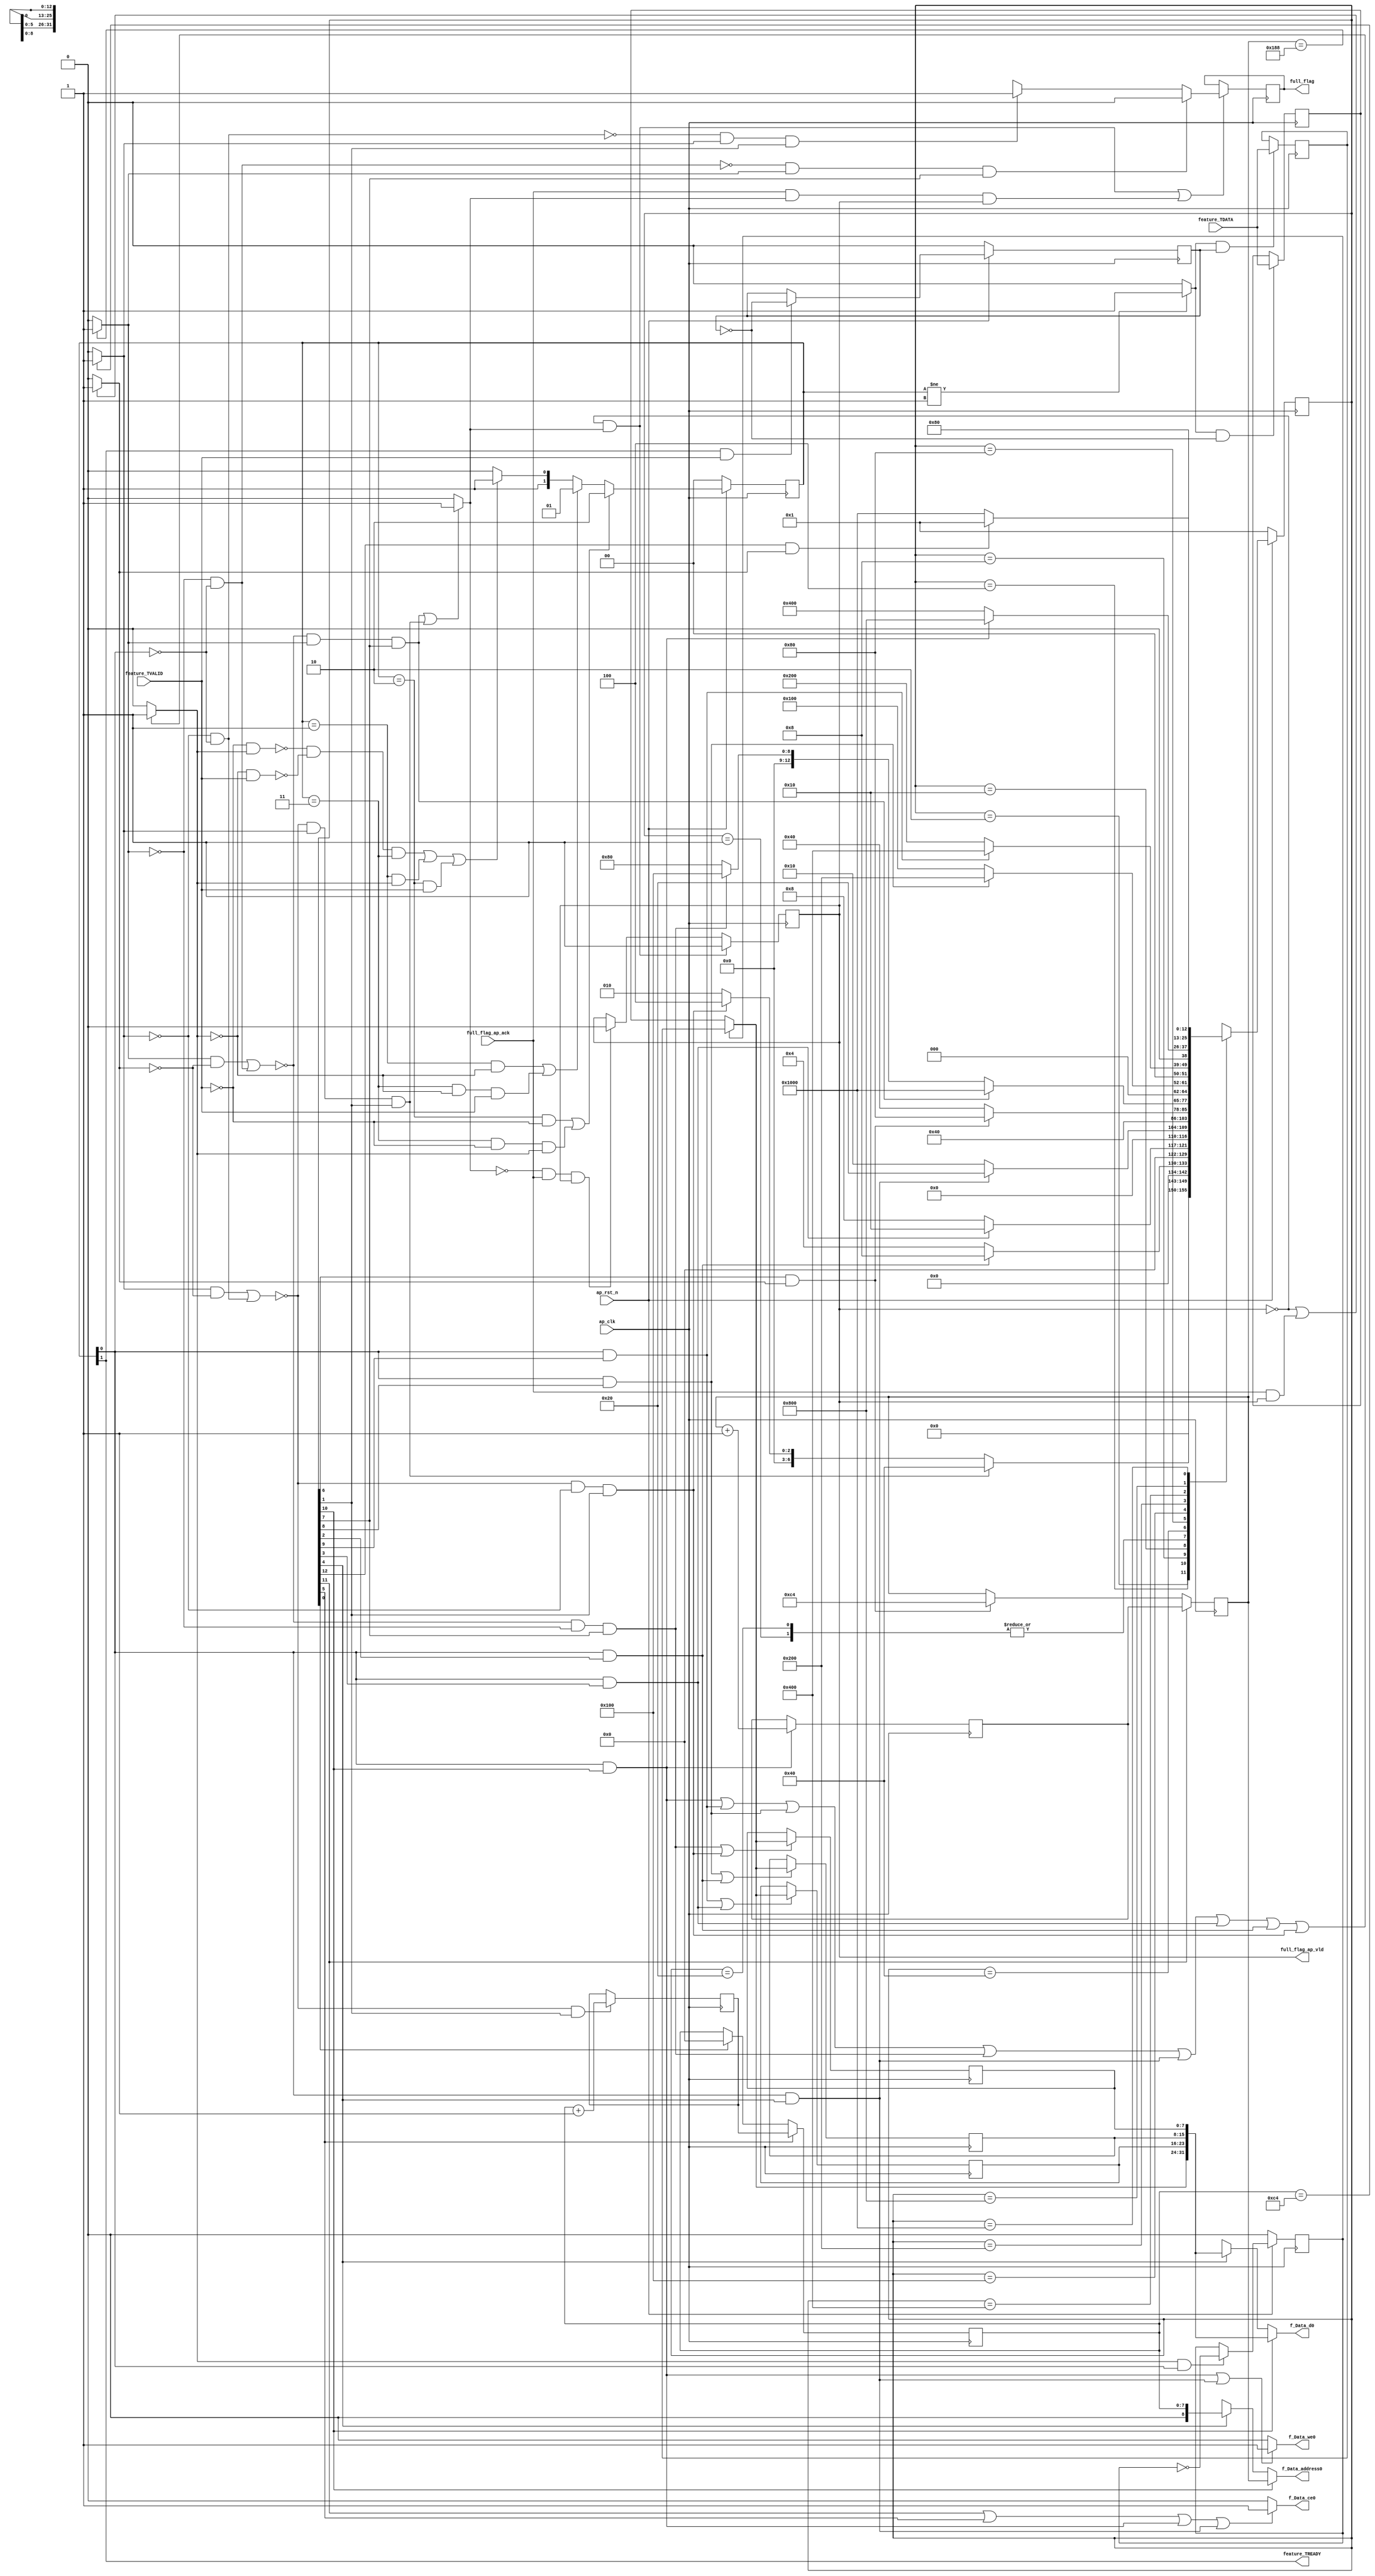
// ==============================================================
// RTL generated by Vivado(TM) HLS - High-Level Synthesis from C, C++ and SystemC
// Version: 2018.3
// Copyright (C) 1986-2018 Xilinx, Inc. All Rights Reserved.
// 
// ===========================================================

`timescale 1 ns / 1 ps 

(* CORE_GENERATION_INFO="Layer1_WriteBRAM,hls_ip_2018_3,{HLS_INPUT_TYPE=cxx,HLS_INPUT_FLOAT=0,HLS_INPUT_FIXED=0,HLS_INPUT_PART=xazu3eg-sfvc784-1-i,HLS_INPUT_CLOCK=10.000000,HLS_INPUT_ARCH=others,HLS_SYN_CLOCK=1.352000,HLS_SYN_LAT=1964,HLS_SYN_TPT=none,HLS_SYN_MEM=0,HLS_SYN_DSP=0,HLS_SYN_FF=93,HLS_SYN_LUT=281,HLS_VERSION=2018_3}" *)

module Layer1_WriteBRAM (
        ap_clk,
        ap_rst_n,
        feature_TDATA,
        feature_TVALID,
        feature_TREADY,
        f_Data_address0,
        f_Data_ce0,
        f_Data_we0,
        f_Data_d0,
        full_flag,
        full_flag_ap_vld,
        full_flag_ap_ack
);

parameter    ap_ST_fsm_state1 = 13'd1;
parameter    ap_ST_fsm_state2 = 13'd2;
parameter    ap_ST_fsm_state3 = 13'd4;
parameter    ap_ST_fsm_state4 = 13'd8;
parameter    ap_ST_fsm_state5 = 13'd16;
parameter    ap_ST_fsm_state6 = 13'd32;
parameter    ap_ST_fsm_state7 = 13'd64;
parameter    ap_ST_fsm_state8 = 13'd128;
parameter    ap_ST_fsm_state9 = 13'd256;
parameter    ap_ST_fsm_state10 = 13'd512;
parameter    ap_ST_fsm_state11 = 13'd1024;
parameter    ap_ST_fsm_state12 = 13'd2048;
parameter    ap_ST_fsm_state13 = 13'd4096;

input   ap_clk;
input   ap_rst_n;
input  [7:0] feature_TDATA;
input   feature_TVALID;
output   feature_TREADY;
output  [8:0] f_Data_address0;
output   f_Data_ce0;
output   f_Data_we0;
output  [31:0] f_Data_d0;
output   full_flag;
output   full_flag_ap_vld;
input   full_flag_ap_ack;

reg[8:0] f_Data_address0;
reg f_Data_ce0;
reg f_Data_we0;
reg[31:0] f_Data_d0;

 reg    ap_rst_n_inv;
reg   [7:0] feature_0_data_out;
wire    feature_0_vld_in;
wire    feature_0_vld_out;
wire    feature_0_ack_in;
reg    feature_0_ack_out;
reg   [7:0] feature_0_payload_A;
reg   [7:0] feature_0_payload_B;
reg    feature_0_sel_rd;
reg    feature_0_sel_wr;
wire    feature_0_sel;
wire    feature_0_load_A;
wire    feature_0_load_B;
reg   [1:0] feature_0_state;
wire    feature_0_state_cmp_full;
reg    full_flag_1_data_reg;
reg    full_flag_1_data_in;
reg    full_flag_1_vld_reg;
reg    full_flag_1_vld_in;
reg    full_flag_1_ack_in;
wire    full_flag_1_ack_out;
reg    feature_TDATA_blk_n;
(* fsm_encoding = "none" *) reg   [12:0] ap_CS_fsm;
wire    ap_CS_fsm_state2;
wire   [0:0] exitcond6_fu_134_p2;
wire    ap_CS_fsm_state3;
wire    ap_CS_fsm_state4;
wire    ap_CS_fsm_state5;
wire    ap_CS_fsm_state8;
wire   [0:0] exitcond1_fu_164_p2;
wire    ap_CS_fsm_state9;
wire    ap_CS_fsm_state10;
wire    ap_CS_fsm_state11;
reg    full_flag_blk_n;
wire    ap_CS_fsm_state7;
wire    ap_CS_fsm_state13;
reg   [7:0] reg_122;
reg    ap_block_state2;
reg    ap_block_state2_io;
reg    ap_block_state8;
reg    ap_block_state8_io;
reg   [7:0] reg_126;
reg   [7:0] reg_130;
wire   [7:0] i_1_fu_140_p2;
reg   [7:0] i_1_reg_197;
wire   [31:0] tmp_2_fu_151_p5;
wire   [31:0] tmp_3_fu_175_p5;
wire   [8:0] i_2_fu_188_p2;
reg   [8:0] i_2_reg_225;
reg   [7:0] i_reg_98;
wire    ap_CS_fsm_state1;
wire    ap_CS_fsm_state6;
reg   [8:0] i1_reg_110;
wire    ap_CS_fsm_state12;
wire   [63:0] tmp_fu_146_p1;
wire   [63:0] tmp_1_fu_170_p1;
reg   [12:0] ap_NS_fsm;

// power-on initialization
initial begin
#0 feature_0_sel_rd = 1'b0;
#0 feature_0_sel_wr = 1'b0;
#0 feature_0_state = 2'd0;
#0 full_flag_1_data_reg = 1'b0;
#0 full_flag_1_vld_reg = 1'b0;
#0 ap_CS_fsm = 13'd1;
end

always @ (posedge ap_clk) begin
    if (ap_rst_n_inv == 1'b1) begin
        ap_CS_fsm <= ap_ST_fsm_state1;
    end else begin
        ap_CS_fsm <= ap_NS_fsm;
    end
end

always @ (posedge ap_clk) begin
    if (ap_rst_n_inv == 1'b1) begin
        feature_0_sel_rd <= 1'b0;
    end else begin
        if (((feature_0_ack_out == 1'b1) & (feature_0_vld_out == 1'b1))) begin
            feature_0_sel_rd <= ~feature_0_sel_rd;
        end
    end
end

always @ (posedge ap_clk) begin
    if (ap_rst_n_inv == 1'b1) begin
        feature_0_sel_wr <= 1'b0;
    end else begin
        if (((feature_0_ack_in == 1'b1) & (feature_0_vld_in == 1'b1))) begin
            feature_0_sel_wr <= ~feature_0_sel_wr;
        end
    end
end

always @ (posedge ap_clk) begin
    if (ap_rst_n_inv == 1'b1) begin
        feature_0_state <= 2'd0;
    end else begin
        if ((((feature_0_state == 2'd2) & (feature_0_vld_in == 1'b0)) | ((feature_0_state == 2'd3) & (feature_0_vld_in == 1'b0) & (feature_0_ack_out == 1'b1)))) begin
            feature_0_state <= 2'd2;
        end else if ((((feature_0_state == 2'd1) & (feature_0_ack_out == 1'b0)) | ((feature_0_state == 2'd3) & (feature_0_ack_out == 1'b0) & (feature_0_vld_in == 1'b1)))) begin
            feature_0_state <= 2'd1;
        end else if (((~((feature_0_vld_in == 1'b0) & (feature_0_ack_out == 1'b1)) & ~((feature_0_ack_out == 1'b0) & (feature_0_vld_in == 1'b1)) & (feature_0_state == 2'd3)) | ((feature_0_state == 2'd1) & (feature_0_ack_out == 1'b1)) | ((feature_0_state == 2'd2) & (feature_0_vld_in == 1'b1)))) begin
            feature_0_state <= 2'd3;
        end else begin
            feature_0_state <= 2'd2;
        end
    end
end

always @ (posedge ap_clk) begin
    if (((full_flag_1_vld_reg == 1'b0) & (full_flag_1_vld_in == 1'b1))) begin
        full_flag_1_vld_reg <= 1'b1;
    end else if (((full_flag_1_vld_in == 1'b0) & (full_flag_1_ack_out == 1'b1) & (full_flag_1_vld_reg == 1'b1))) begin
        full_flag_1_vld_reg <= 1'b0;
    end
end

always @ (posedge ap_clk) begin
    if ((1'b1 == ap_CS_fsm_state12)) begin
        i1_reg_110 <= i_2_reg_225;
    end else if (((1'b1 == ap_CS_fsm_state7) & (full_flag_1_ack_in == 1'b1))) begin
        i1_reg_110 <= 9'd196;
    end
end

always @ (posedge ap_clk) begin
    if ((1'b1 == ap_CS_fsm_state6)) begin
        i_reg_98 <= i_1_reg_197;
    end else if ((1'b1 == ap_CS_fsm_state1)) begin
        i_reg_98 <= 8'd0;
    end
end

always @ (posedge ap_clk) begin
    if ((feature_0_load_A == 1'b1)) begin
        feature_0_payload_A <= feature_TDATA;
    end
end

always @ (posedge ap_clk) begin
    if ((feature_0_load_B == 1'b1)) begin
        feature_0_payload_B <= feature_TDATA;
    end
end

always @ (posedge ap_clk) begin
    if ((((full_flag_1_vld_reg == 1'b0) & (full_flag_1_vld_in == 1'b1)) | ((full_flag_1_ack_out == 1'b1) & (full_flag_1_vld_in == 1'b1) & (full_flag_1_vld_reg == 1'b1)))) begin
        full_flag_1_data_reg <= full_flag_1_data_in;
    end
end

always @ (posedge ap_clk) begin
    if ((~((1'b1 == ap_block_state2_io) | ((exitcond6_fu_134_p2 == 1'd0) & (feature_0_vld_out == 1'b0))) & (1'b1 == ap_CS_fsm_state2))) begin
        i_1_reg_197 <= i_1_fu_140_p2;
    end
end

always @ (posedge ap_clk) begin
    if (((feature_0_vld_out == 1'b1) & (1'b1 == ap_CS_fsm_state11))) begin
        i_2_reg_225 <= i_2_fu_188_p2;
    end
end

always @ (posedge ap_clk) begin
    if (((~((1'b1 == ap_block_state8_io) | ((exitcond1_fu_164_p2 == 1'd0) & (feature_0_vld_out == 1'b0))) & (exitcond1_fu_164_p2 == 1'd0) & (1'b1 == ap_CS_fsm_state8)) | (~((1'b1 == ap_block_state2_io) | ((exitcond6_fu_134_p2 == 1'd0) & (feature_0_vld_out == 1'b0))) & (exitcond6_fu_134_p2 == 1'd0) & (1'b1 == ap_CS_fsm_state2)))) begin
        reg_122 <= feature_0_data_out;
    end
end

always @ (posedge ap_clk) begin
    if ((((feature_0_vld_out == 1'b1) & (1'b1 == ap_CS_fsm_state9)) | ((feature_0_vld_out == 1'b1) & (1'b1 == ap_CS_fsm_state3)))) begin
        reg_126 <= feature_0_data_out;
    end
end

always @ (posedge ap_clk) begin
    if ((((feature_0_vld_out == 1'b1) & (1'b1 == ap_CS_fsm_state10)) | ((feature_0_vld_out == 1'b1) & (1'b1 == ap_CS_fsm_state4)))) begin
        reg_130 <= feature_0_data_out;
    end
end

always @ (*) begin
    if ((1'b1 == ap_CS_fsm_state11)) begin
        f_Data_address0 = tmp_1_fu_170_p1;
    end else if ((1'b1 == ap_CS_fsm_state5)) begin
        f_Data_address0 = tmp_fu_146_p1;
    end else begin
        f_Data_address0 = 'bx;
    end
end

always @ (*) begin
    if (((1'b1 == ap_CS_fsm_state12) | (1'b1 == ap_CS_fsm_state6) | ((feature_0_vld_out == 1'b1) & (1'b1 == ap_CS_fsm_state11)) | ((feature_0_vld_out == 1'b1) & (1'b1 == ap_CS_fsm_state5)))) begin
        f_Data_ce0 = 1'b1;
    end else begin
        f_Data_ce0 = 1'b0;
    end
end

always @ (*) begin
    if ((1'b1 == ap_CS_fsm_state11)) begin
        f_Data_d0 = tmp_3_fu_175_p5;
    end else if ((1'b1 == ap_CS_fsm_state5)) begin
        f_Data_d0 = tmp_2_fu_151_p5;
    end else begin
        f_Data_d0 = 'bx;
    end
end

always @ (*) begin
    if ((((feature_0_vld_out == 1'b1) & (1'b1 == ap_CS_fsm_state11)) | ((feature_0_vld_out == 1'b1) & (1'b1 == ap_CS_fsm_state5)))) begin
        f_Data_we0 = 1'b1;
    end else begin
        f_Data_we0 = 1'b0;
    end
end

always @ (*) begin
    if ((((feature_0_vld_out == 1'b1) & (1'b1 == ap_CS_fsm_state11)) | ((feature_0_vld_out == 1'b1) & (1'b1 == ap_CS_fsm_state10)) | ((feature_0_vld_out == 1'b1) & (1'b1 == ap_CS_fsm_state9)) | (~((1'b1 == ap_block_state8_io) | ((exitcond1_fu_164_p2 == 1'd0) & (feature_0_vld_out == 1'b0))) & (exitcond1_fu_164_p2 == 1'd0) & (1'b1 == ap_CS_fsm_state8)) | ((feature_0_vld_out == 1'b1) & (1'b1 == ap_CS_fsm_state5)) | ((feature_0_vld_out == 1'b1) & (1'b1 == ap_CS_fsm_state4)) | ((feature_0_vld_out == 1'b1) & (1'b1 == ap_CS_fsm_state3)) | (~((1'b1 == ap_block_state2_io) | ((exitcond6_fu_134_p2 == 1'd0) & (feature_0_vld_out == 1'b0))) & (exitcond6_fu_134_p2 == 1'd0) & (1'b1 == ap_CS_fsm_state2)))) begin
        feature_0_ack_out = 1'b1;
    end else begin
        feature_0_ack_out = 1'b0;
    end
end

always @ (*) begin
    if ((feature_0_sel == 1'b1)) begin
        feature_0_data_out = feature_0_payload_B;
    end else begin
        feature_0_data_out = feature_0_payload_A;
    end
end

always @ (*) begin
    if (((1'b1 == ap_CS_fsm_state11) | (1'b1 == ap_CS_fsm_state10) | (1'b1 == ap_CS_fsm_state9) | (1'b1 == ap_CS_fsm_state5) | (1'b1 == ap_CS_fsm_state4) | (1'b1 == ap_CS_fsm_state3) | ((exitcond1_fu_164_p2 == 1'd0) & (1'b1 == ap_CS_fsm_state8)) | ((exitcond6_fu_134_p2 == 1'd0) & (1'b1 == ap_CS_fsm_state2)))) begin
        feature_TDATA_blk_n = feature_0_state[1'd0];
    end else begin
        feature_TDATA_blk_n = 1'b1;
    end
end

always @ (*) begin
    if (((full_flag_1_vld_reg == 1'b0) | ((full_flag_1_ack_out == 1'b1) & (full_flag_1_vld_reg == 1'b1)))) begin
        full_flag_1_ack_in = 1'b1;
    end else begin
        full_flag_1_ack_in = 1'b0;
    end
end

always @ (*) begin
    if ((~((exitcond1_fu_164_p2 == 1'd0) & (feature_0_vld_out == 1'b0)) & (exitcond1_fu_164_p2 == 1'd1) & (1'b1 == ap_CS_fsm_state8))) begin
        full_flag_1_data_in = 1'd0;
    end else if ((~((exitcond6_fu_134_p2 == 1'd0) & (feature_0_vld_out == 1'b0)) & (exitcond6_fu_134_p2 == 1'd1) & (1'b1 == ap_CS_fsm_state2))) begin
        full_flag_1_data_in = 1'd1;
    end else begin
        full_flag_1_data_in = 'bx;
    end
end

always @ (*) begin
    if (((~((1'b1 == ap_block_state8_io) | ((exitcond1_fu_164_p2 == 1'd0) & (feature_0_vld_out == 1'b0))) & (exitcond1_fu_164_p2 == 1'd1) & (1'b1 == ap_CS_fsm_state8)) | (~((1'b1 == ap_block_state2_io) | ((exitcond6_fu_134_p2 == 1'd0) & (feature_0_vld_out == 1'b0))) & (exitcond6_fu_134_p2 == 1'd1) & (1'b1 == ap_CS_fsm_state2)))) begin
        full_flag_1_vld_in = 1'b1;
    end else begin
        full_flag_1_vld_in = 1'b0;
    end
end

always @ (*) begin
    if (((1'b1 == ap_CS_fsm_state13) | (1'b1 == ap_CS_fsm_state7) | ((exitcond1_fu_164_p2 == 1'd1) & (1'b1 == ap_CS_fsm_state8)) | ((exitcond6_fu_134_p2 == 1'd1) & (1'b1 == ap_CS_fsm_state2)))) begin
        full_flag_blk_n = full_flag_1_ack_in;
    end else begin
        full_flag_blk_n = 1'b1;
    end
end

always @ (*) begin
    case (ap_CS_fsm)
        ap_ST_fsm_state1 : begin
            ap_NS_fsm = ap_ST_fsm_state2;
        end
        ap_ST_fsm_state2 : begin
            if ((~((1'b1 == ap_block_state2_io) | ((exitcond6_fu_134_p2 == 1'd0) & (feature_0_vld_out == 1'b0))) & (exitcond6_fu_134_p2 == 1'd1) & (1'b1 == ap_CS_fsm_state2))) begin
                ap_NS_fsm = ap_ST_fsm_state7;
            end else if ((~((1'b1 == ap_block_state2_io) | ((exitcond6_fu_134_p2 == 1'd0) & (feature_0_vld_out == 1'b0))) & (exitcond6_fu_134_p2 == 1'd0) & (1'b1 == ap_CS_fsm_state2))) begin
                ap_NS_fsm = ap_ST_fsm_state3;
            end else begin
                ap_NS_fsm = ap_ST_fsm_state2;
            end
        end
        ap_ST_fsm_state3 : begin
            if (((feature_0_vld_out == 1'b1) & (1'b1 == ap_CS_fsm_state3))) begin
                ap_NS_fsm = ap_ST_fsm_state4;
            end else begin
                ap_NS_fsm = ap_ST_fsm_state3;
            end
        end
        ap_ST_fsm_state4 : begin
            if (((feature_0_vld_out == 1'b1) & (1'b1 == ap_CS_fsm_state4))) begin
                ap_NS_fsm = ap_ST_fsm_state5;
            end else begin
                ap_NS_fsm = ap_ST_fsm_state4;
            end
        end
        ap_ST_fsm_state5 : begin
            if (((feature_0_vld_out == 1'b1) & (1'b1 == ap_CS_fsm_state5))) begin
                ap_NS_fsm = ap_ST_fsm_state6;
            end else begin
                ap_NS_fsm = ap_ST_fsm_state5;
            end
        end
        ap_ST_fsm_state6 : begin
            ap_NS_fsm = ap_ST_fsm_state2;
        end
        ap_ST_fsm_state7 : begin
            if (((1'b1 == ap_CS_fsm_state7) & (full_flag_1_ack_in == 1'b1))) begin
                ap_NS_fsm = ap_ST_fsm_state8;
            end else begin
                ap_NS_fsm = ap_ST_fsm_state7;
            end
        end
        ap_ST_fsm_state8 : begin
            if ((~((1'b1 == ap_block_state8_io) | ((exitcond1_fu_164_p2 == 1'd0) & (feature_0_vld_out == 1'b0))) & (exitcond1_fu_164_p2 == 1'd1) & (1'b1 == ap_CS_fsm_state8))) begin
                ap_NS_fsm = ap_ST_fsm_state13;
            end else if ((~((1'b1 == ap_block_state8_io) | ((exitcond1_fu_164_p2 == 1'd0) & (feature_0_vld_out == 1'b0))) & (exitcond1_fu_164_p2 == 1'd0) & (1'b1 == ap_CS_fsm_state8))) begin
                ap_NS_fsm = ap_ST_fsm_state9;
            end else begin
                ap_NS_fsm = ap_ST_fsm_state8;
            end
        end
        ap_ST_fsm_state9 : begin
            if (((feature_0_vld_out == 1'b1) & (1'b1 == ap_CS_fsm_state9))) begin
                ap_NS_fsm = ap_ST_fsm_state10;
            end else begin
                ap_NS_fsm = ap_ST_fsm_state9;
            end
        end
        ap_ST_fsm_state10 : begin
            if (((feature_0_vld_out == 1'b1) & (1'b1 == ap_CS_fsm_state10))) begin
                ap_NS_fsm = ap_ST_fsm_state11;
            end else begin
                ap_NS_fsm = ap_ST_fsm_state10;
            end
        end
        ap_ST_fsm_state11 : begin
            if (((feature_0_vld_out == 1'b1) & (1'b1 == ap_CS_fsm_state11))) begin
                ap_NS_fsm = ap_ST_fsm_state12;
            end else begin
                ap_NS_fsm = ap_ST_fsm_state11;
            end
        end
        ap_ST_fsm_state12 : begin
            ap_NS_fsm = ap_ST_fsm_state8;
        end
        ap_ST_fsm_state13 : begin
            if (((1'b1 == ap_CS_fsm_state13) & (full_flag_1_ack_in == 1'b1))) begin
                ap_NS_fsm = ap_ST_fsm_state1;
            end else begin
                ap_NS_fsm = ap_ST_fsm_state13;
            end
        end
        default : begin
            ap_NS_fsm = 'bx;
        end
    endcase
end

assign ap_CS_fsm_state1 = ap_CS_fsm[32'd0];

assign ap_CS_fsm_state10 = ap_CS_fsm[32'd9];

assign ap_CS_fsm_state11 = ap_CS_fsm[32'd10];

assign ap_CS_fsm_state12 = ap_CS_fsm[32'd11];

assign ap_CS_fsm_state13 = ap_CS_fsm[32'd12];

assign ap_CS_fsm_state2 = ap_CS_fsm[32'd1];

assign ap_CS_fsm_state3 = ap_CS_fsm[32'd2];

assign ap_CS_fsm_state4 = ap_CS_fsm[32'd3];

assign ap_CS_fsm_state5 = ap_CS_fsm[32'd4];

assign ap_CS_fsm_state6 = ap_CS_fsm[32'd5];

assign ap_CS_fsm_state7 = ap_CS_fsm[32'd6];

assign ap_CS_fsm_state8 = ap_CS_fsm[32'd7];

assign ap_CS_fsm_state9 = ap_CS_fsm[32'd8];

always @ (*) begin
    ap_block_state2 = ((exitcond6_fu_134_p2 == 1'd0) & (feature_0_vld_out == 1'b0));
end

always @ (*) begin
    ap_block_state2_io = ((exitcond6_fu_134_p2 == 1'd1) & (full_flag_1_ack_in == 1'b0));
end

always @ (*) begin
    ap_block_state8 = ((exitcond1_fu_164_p2 == 1'd0) & (feature_0_vld_out == 1'b0));
end

always @ (*) begin
    ap_block_state8_io = ((exitcond1_fu_164_p2 == 1'd1) & (full_flag_1_ack_in == 1'b0));
end

always @ (*) begin
    ap_rst_n_inv = ~ap_rst_n;
end

assign exitcond1_fu_164_p2 = ((i1_reg_110 == 9'd392) ? 1'b1 : 1'b0);

assign exitcond6_fu_134_p2 = ((i_reg_98 == 8'd196) ? 1'b1 : 1'b0);

assign feature_0_ack_in = feature_0_state[1'd1];

assign feature_0_load_A = (feature_0_state_cmp_full & ~feature_0_sel_wr);

assign feature_0_load_B = (feature_0_state_cmp_full & feature_0_sel_wr);

assign feature_0_sel = feature_0_sel_rd;

assign feature_0_state_cmp_full = ((feature_0_state != 2'd1) ? 1'b1 : 1'b0);

assign feature_0_vld_in = feature_TVALID;

assign feature_0_vld_out = feature_0_state[1'd0];

assign feature_TREADY = feature_0_state[1'd1];

assign full_flag = full_flag_1_data_reg;

assign full_flag_1_ack_out = full_flag_ap_ack;

assign full_flag_ap_vld = full_flag_1_vld_reg;

assign i_1_fu_140_p2 = (i_reg_98 + 8'd1);

assign i_2_fu_188_p2 = (i1_reg_110 + 9'd1);

assign tmp_1_fu_170_p1 = i1_reg_110;

assign tmp_2_fu_151_p5 = {{{{feature_0_data_out}, {reg_130}}, {reg_126}}, {reg_122}};

assign tmp_3_fu_175_p5 = {{{{feature_0_data_out}, {reg_130}}, {reg_126}}, {reg_122}};

assign tmp_fu_146_p1 = i_reg_98;

endmodule //Layer1_WriteBRAM